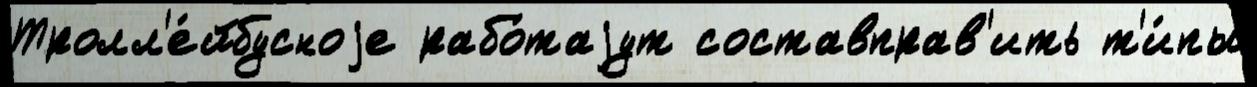
Тролл'е́йбусноjе рабо́таjут составправ'ить т'и́пы